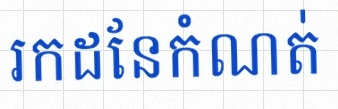
រកដែនកំណត់